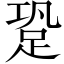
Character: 跫